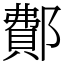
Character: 鄪